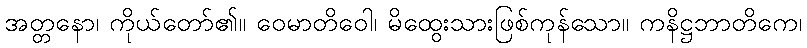
အတ္တနော၊ ကိုယ်တော်၏။ ဝေမာတိဝေါ၊ မိထွေးသားဖြစ်ကုန်သော။ ကနိဋ္ဌဘာတိကေ၊